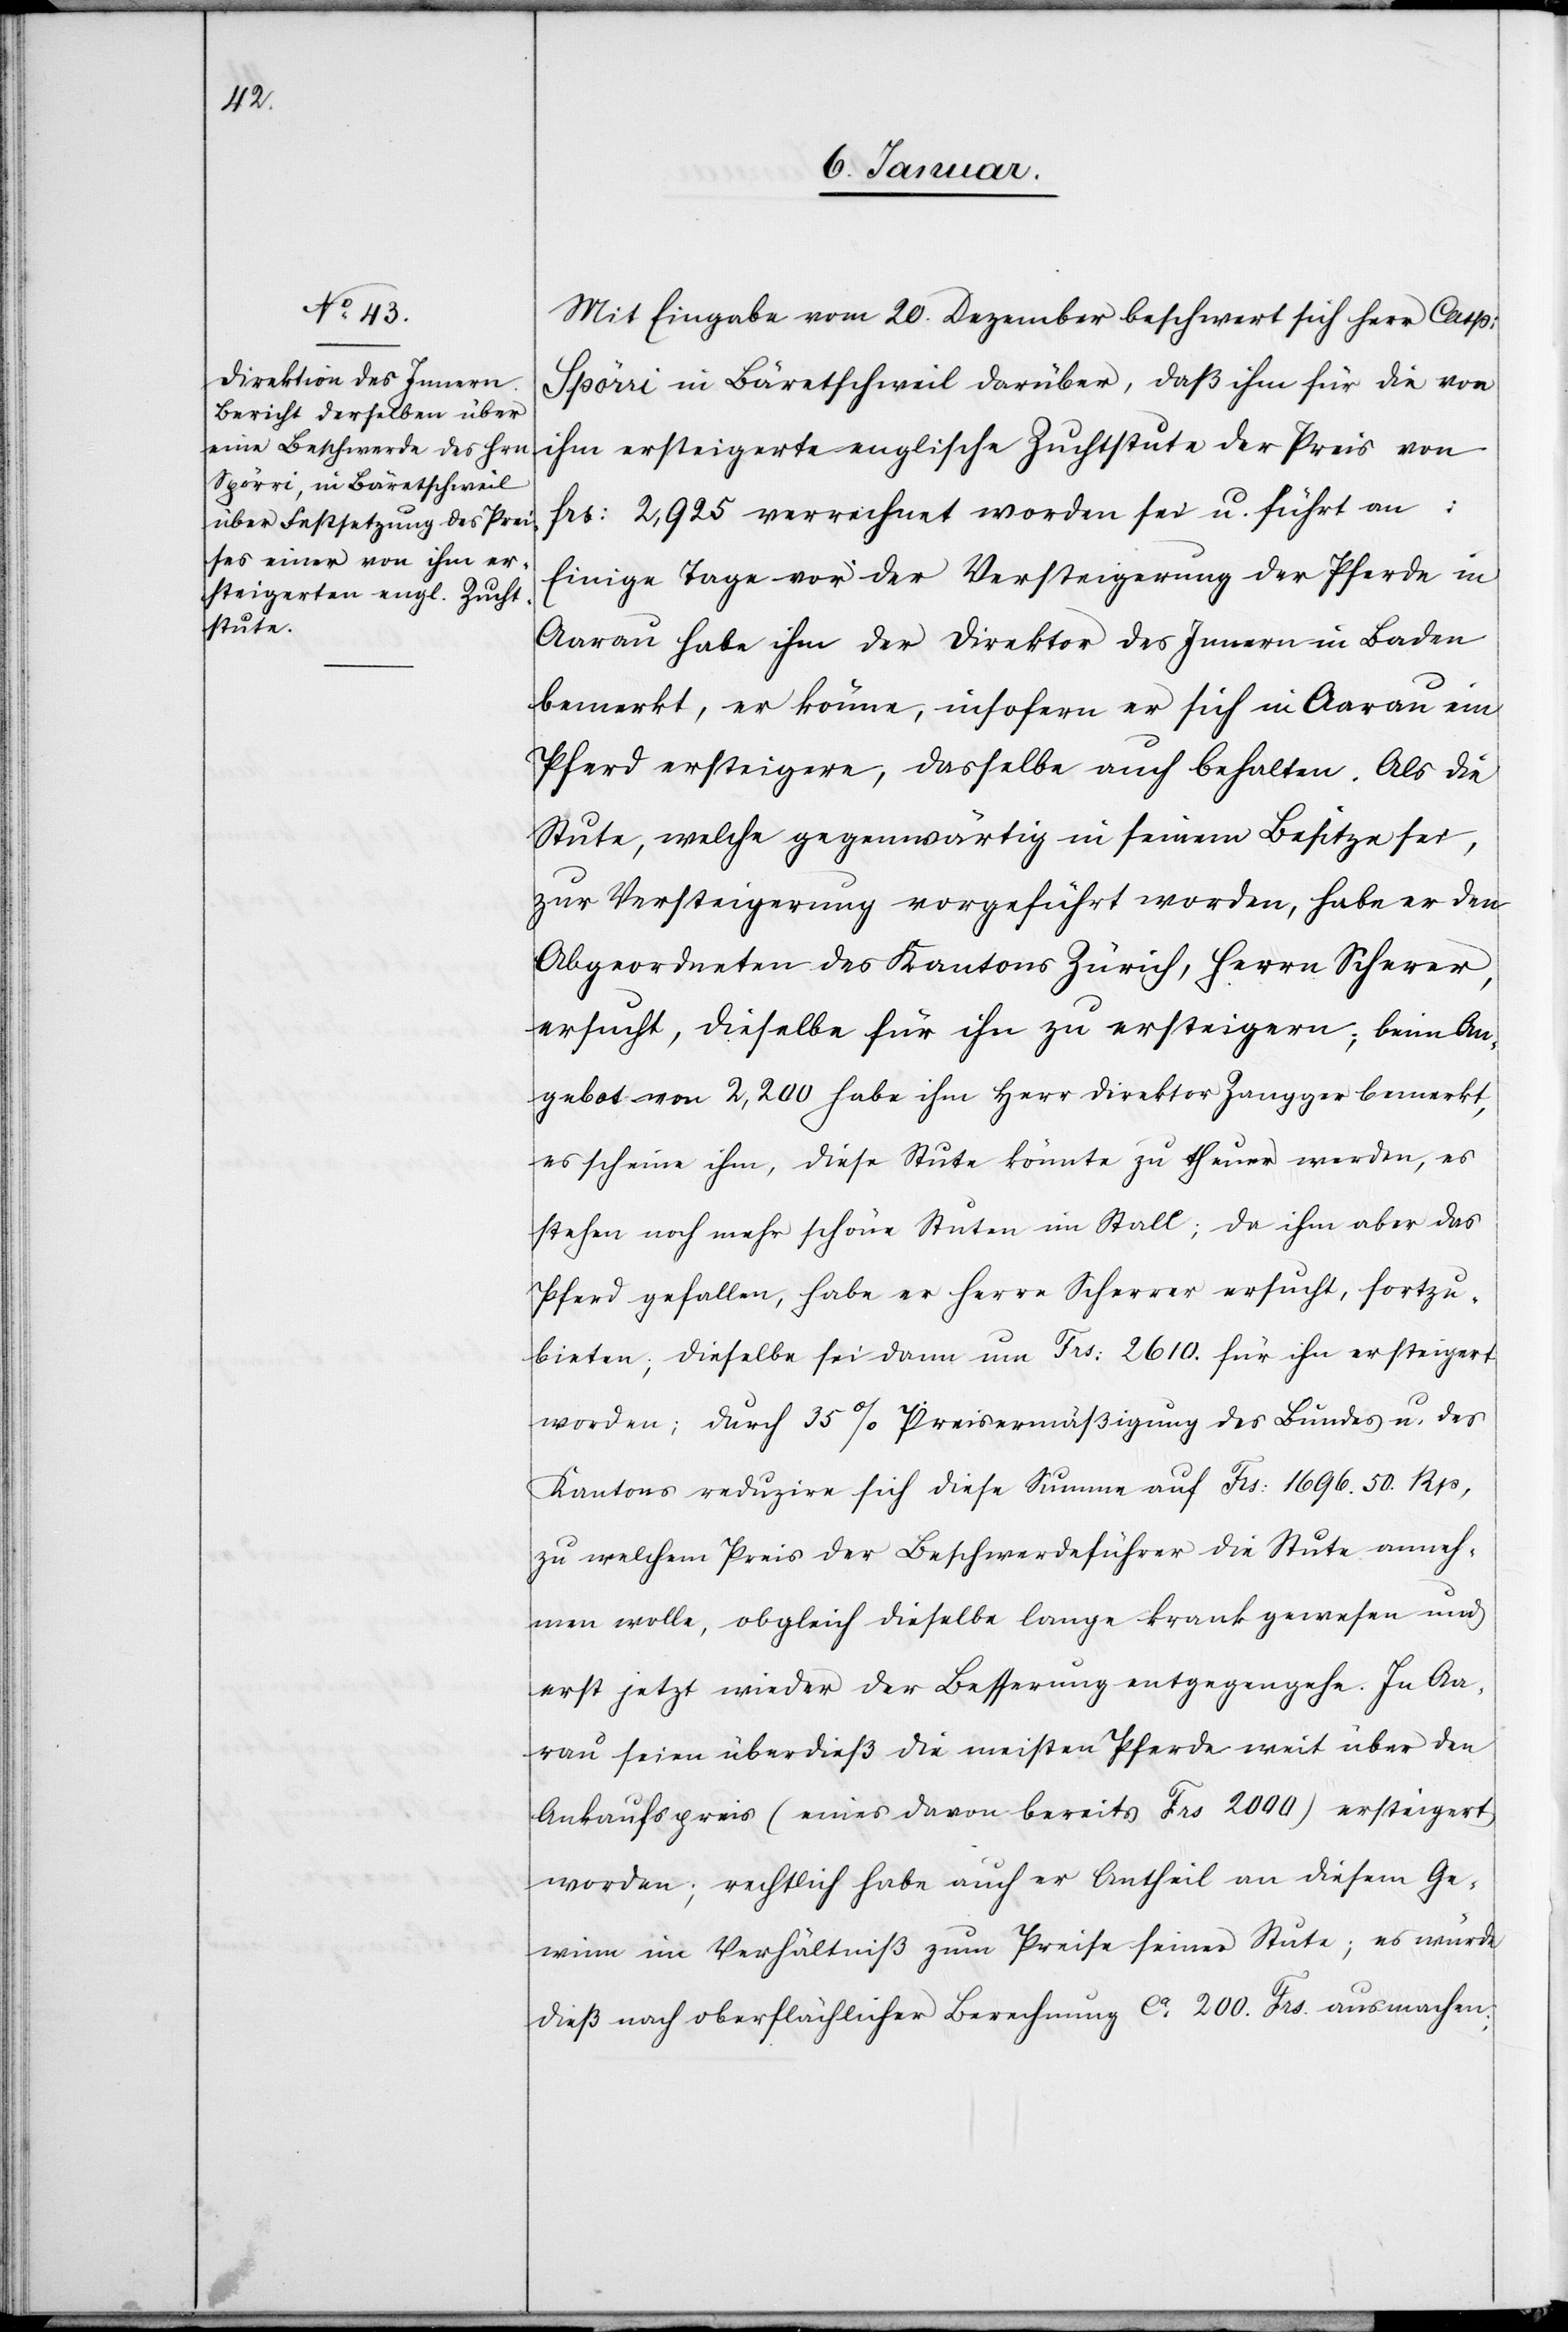
Mit Eingabe vom 20. Dezember beschwert sich Herr Casp:
Spörri in Bäretschweil darüber, daß ihm für die von
ihm ersteigerte englische Zuchtstute der Preis von
frs: 2,925 verrechnet worden sei u. führt an:
Einige Tage vor der Versteigerung der Pferde in
Aarau habe ihm der Direktor des Innern in Baden
bemerkt, er könne, insofern er sich in Aarau ein
Pferd ersteigere, dasselbe auch behalten. Als die
Stute, welche gegenwärtig in seinem Besitze sei,
zur Versteigerung vorgeführt worden, habe er den
Abgeordneten des Kantons Zürich, Herrn Scherer,
ersucht, dieselbe für ihn zu ersteigern; beim An¬
gebot von 2,200 habe ihm Herr Direktor Zangger bemerkt,
es scheine ihm, diese Stute könnte zu theuer werden, es
stehen noch mehr schöne Stuten im Stall; da ihm aber das
Pferd gefallen, habe er Herrn Scherrer [sic!] ersucht, fortzu¬
bieten; dieselbe sei dann um Frs: 2610. für ihn ersteigert
worden; durch 35% Preisermäßigung des Bundes u. des
Kantons reduzire sich diese Summe auf Frs: 1696.50. Rp,
zu welchem Preis der Beschwerdeführer die Stute anneh¬
men wolle, obgleich dieselbe lange krank gewesen und
erst jetzt wieder der Besserung entgegengehe. In Aa¬
rau seien überdieß die meisten Pferde weit über den
Ankaufspreis (eines davon bereits Frs 2000) ersteigert
worden; rechtlich habe auch er Antheil an diesem Ge¬
winn im Verhältniß zum Preise seiner Stute; es würde
dieß nach oberflächlicher Berechnung ca 200. Frs. ausmachen;